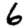
Digit: 6